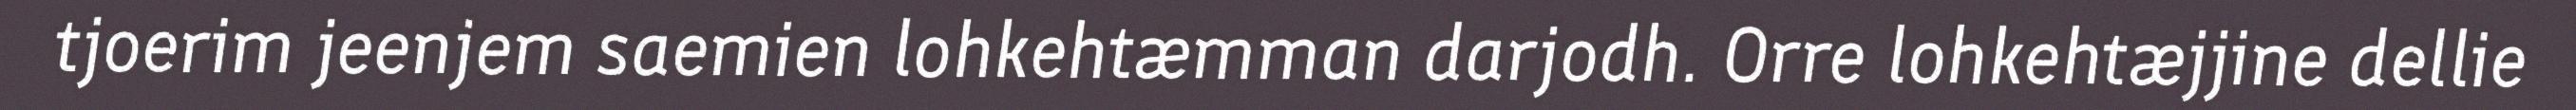
tjoerim jeenjem saemien lohkehtæmman darjodh. Orre lohkehtæjjine dellie